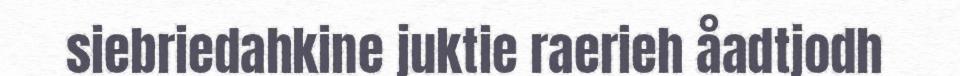
siebriedahkine juktie raerieh åadtjodh